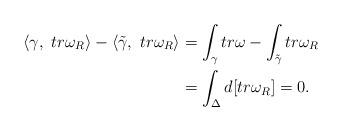
LaTeX: \begin{align*}\langle \gamma,\ tr\omega_R\rangle -\langle \tilde{\gamma},\ tr\omega_R\rangle&=\int_{\gamma}tr\omega-\int_{\tilde{\gamma}}tr\omega_R\\&=\int_{\Delta} d[tr\omega_R]=0.\end{align*}